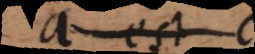
a est b